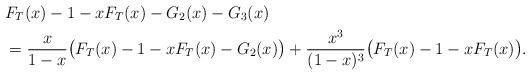
LaTeX: \begin{align*}&F_T(x)-1-xF_T(x)-G_2(x)-G_3(x)\\&=\frac{x}{1-x}\big(F_T(x)-1-xF_T(x)-G_2(x)\big)+\frac{x^3}{(1-x)^3}\big(F_T(x)-1-xF_T(x)\big).\end{align*}